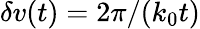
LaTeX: \delta v(t)=2\pi/(k_{0}t)